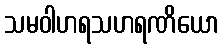
သမဝါဟရသဟရဏိယော